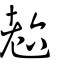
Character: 𦒹